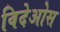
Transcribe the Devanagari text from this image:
विदेओस